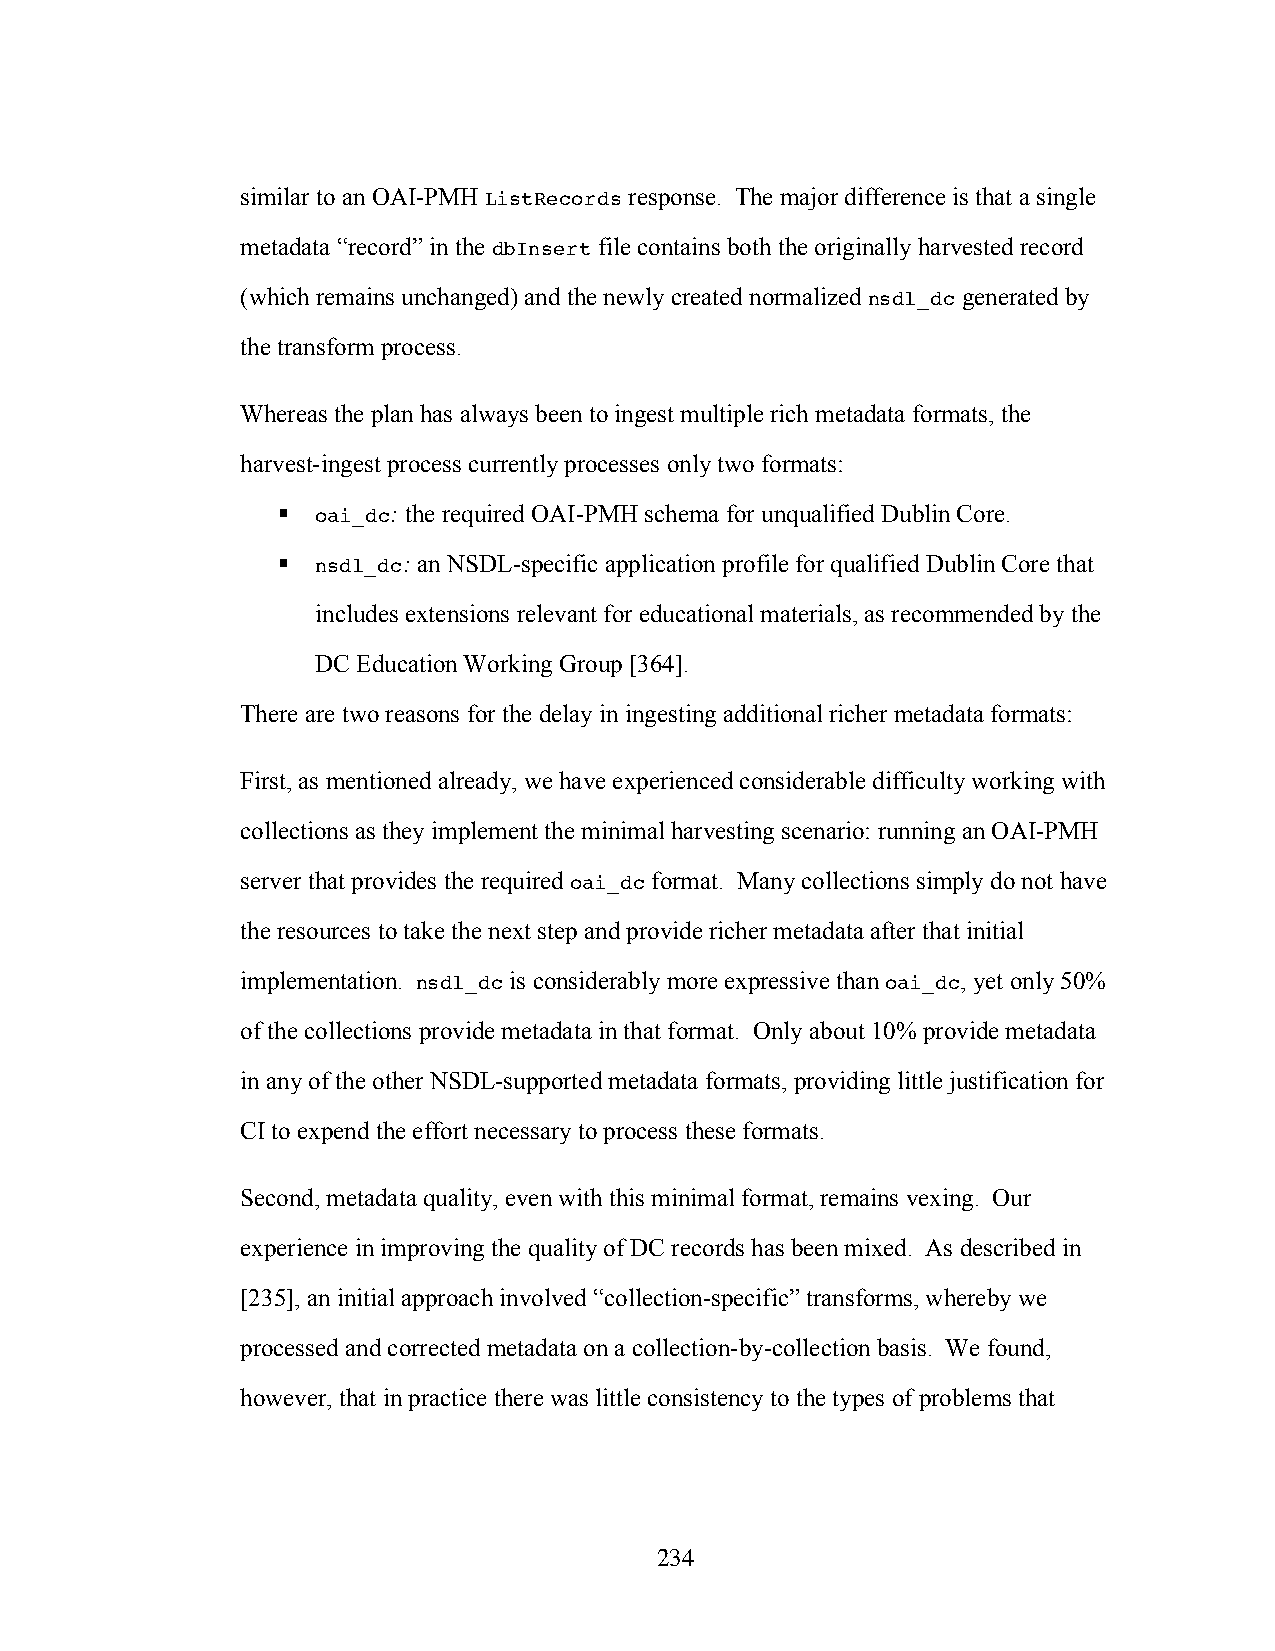
similar to an OAI-PMH ListRecords response. The major difference is that a single
 metadata “record” in the dbInsert file contains both the originally harvested record
 (which remains unchanged) and the newly created normalized nsdl_dc generated by
 the transform process.
 Whereas the plan has always been to ingest multiple rich metadata formats, the
 harvest-ingest process currently processes only two formats:
   oai_dc: the required OAI-PMH schema for unqualified Dublin Core.
   nsdl_dc: an NSDL-specific application profile for qualified Dublin Core that
 includes extensions relevant for educational materials, as recommended by the
 DC Education Working Group [364].
 There are two reasons for the delay in ingesting additional richer metadata formats:
 First, as mentioned already, we have experienced considerable difficulty working with
 collections as they implement the minimal harvesting scenario: running an OAI-PMH
 server that provides the required oai_dc format. Many collections simply do not have
 the resources to take the next step and provide richer metadata after that initial
 implementation. nsdl_dc is considerably more expressive than oai_dc, yet only 50%
 of the collections provide metadata in that format. Only about 10% provide metadata
 in any of the other NSDL-supported metadata formats, providing little justification for
 CI to expend the effort necessary to process these formats.
 Second, metadata quality, even with this minimal format, remains vexing. Our
 experience in improving the quality of DC records has been mixed. As described in
 [235], an initial approach involved “collection-specific” transforms, whereby we
 processed and corrected metadata on a collection-by-collection basis. We found,
 however, that in practice there was little consistency to the types of problems that
 234